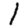
Digit: 1